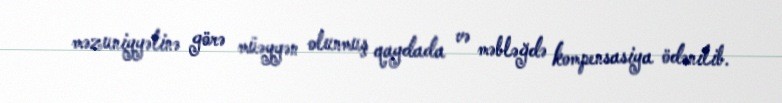
məzuniyyətinə görə müəyyən olunmuş qaydada və məbləğdə kompensasiya ödənilib.